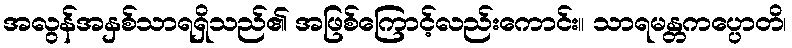
အလွန်အနှစ်သာရရှိသည်၏ အဖြစ်ကြောင့်လည်းကောင်း။ သာရမန္တကပ္ပောတိ၊